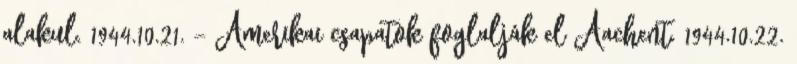
alakul. 1944.10.21. - Amerikai csapatok foglalják el Aachent. 1944.10.22.